Tartu_linnavalitsus, lk 17
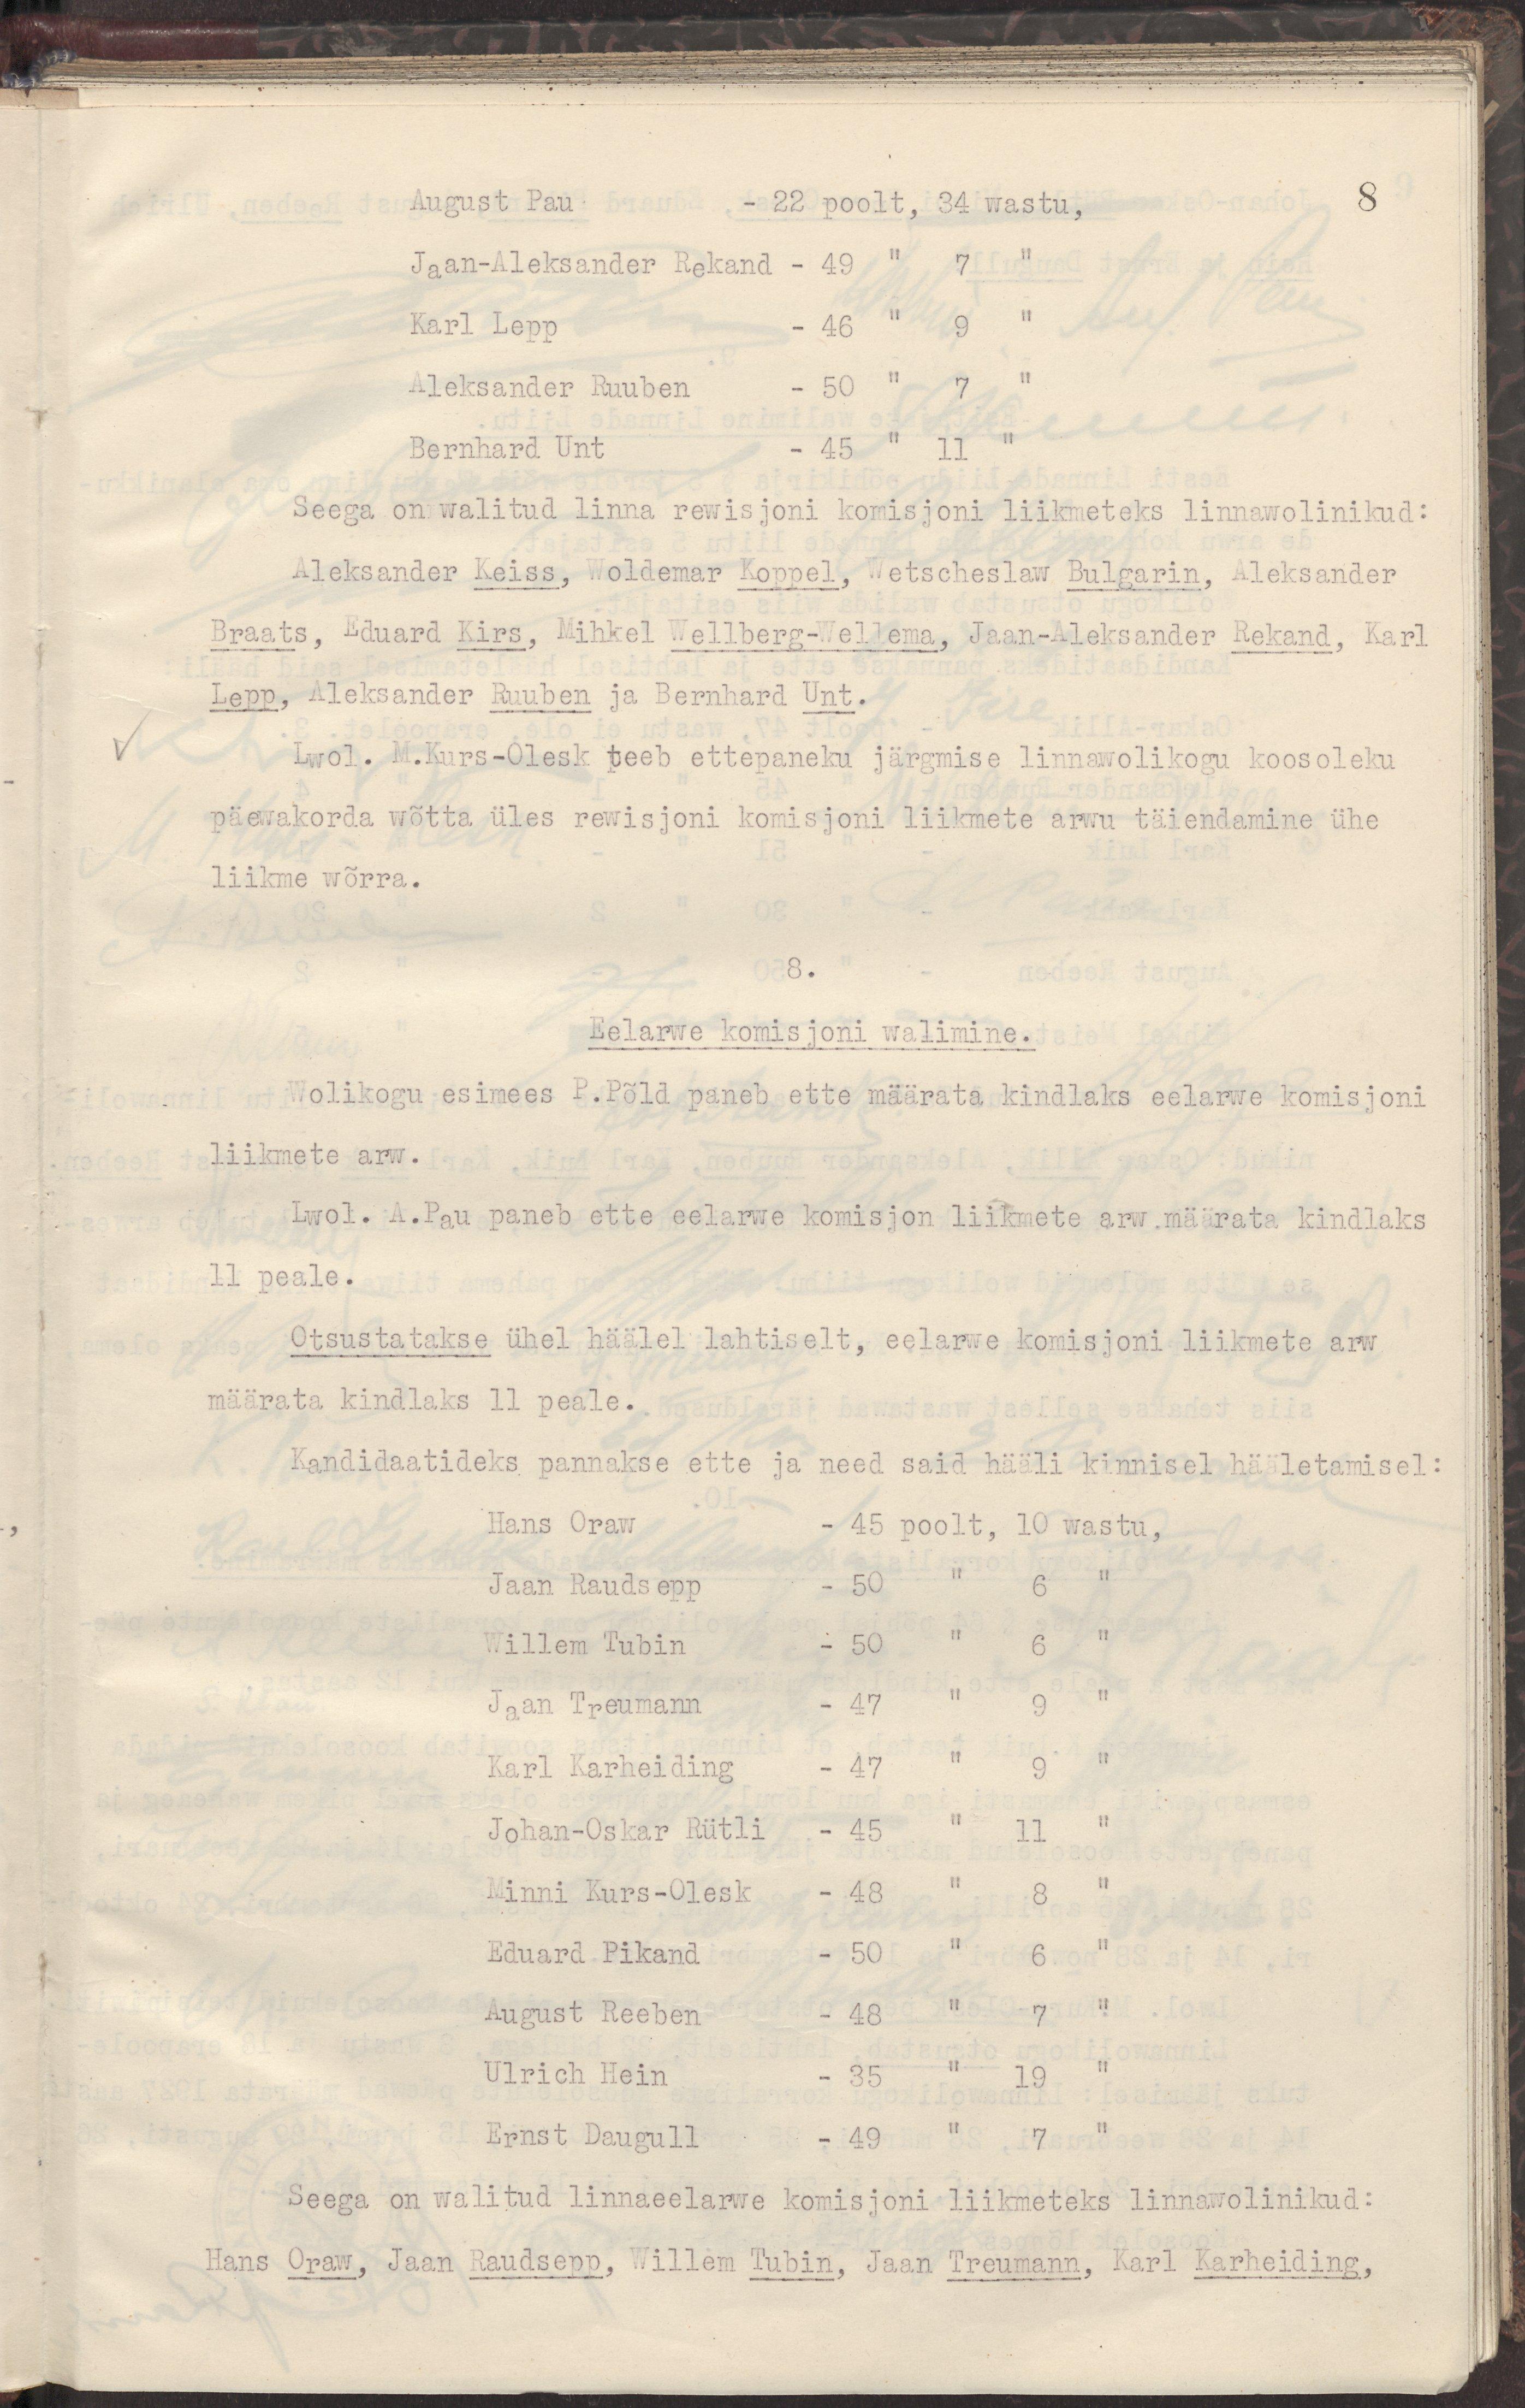
August Pau -  22 poolt, 34 wastu,
Jaan-Aleksander Rekand - 49 " 7 "
Karl Lepp - 46 " 9 "
Aleksander Ruuben - 50 " 7 "
Bernhard Unt - 45 " 11 "
Seega on walitud linna rewisjoni komisjoni liikmeteks linnawolinikud:
Aleksander Keiss, Woldemar Koppel, Wetscheslaw Bulgarin, Aleksander
Braats, Eduard Kirs, Mihkel Wellberg-Wellema, Jaan-Aleksander Rekand, Karl
Lepp, Aleksander Ruuben ja Bernhard Unt.
Lwol. M.Kurs-Olesk teeb ettepaneku järgmise linnawolikogu koosoleku
päewakorda wõtta üles rewisjoni komisjoni liikmete arwu täiendamine ühe
liikme wõrra.
8.
Eelarwe komisjoni walimine.
Wolikogu esimees P.Põld paneb ette määrata kindlaks eelarwe komisjoni
liikmete arw.
Lwol. A.Pau paneb ette eelarwe komisjoni liikmete arw määrata kindlaks
11 peale.
Otsustatakse ühel häälel lahtiselt, eelarwe komisjoni liikmete arw
määrata kindlaks 11 peale.
Kandidaatideks pannakse ette ja need said hääli kinnisel hääletamisel:
Hans Oraw - 45 poolt, 10 wastu,
Jaan Raudsepp - 50 " 6 "
Willem Tubin - 50 " 6 "
Jaan Treumann - 47 " 9 "
Karl Karheiding - 47 " 9 "
Johan-Oskar Rütli - 45 " 11 "
Minni Kurs-Olesk - 48 " 8 "
Eduard Pikand - 50 " 6 "
August Reeben - 48 " 7 "
Ulrich Hein - 35 " 19 "
Ernst Daugull - 49 " 7 "
Seega on walitud linnaeelarwe komisjoni liikmeteks linnawolinikud:
Hans Oraw, Jaan Raudsepp, Willem Tubin, Jaan Treumann, Karl Karheiding,